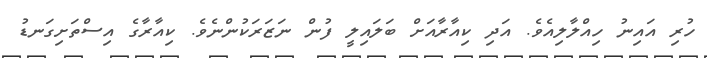
ހުރި އައިނު ހިއްލާލިއެވެ. އަދި ކިއާރާއަށް ބަލައިލީ ފުން ނަޒަރަކުންނެވެ. ކިއާރާގެ އިސްތަށިގަނޑު